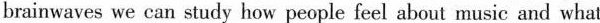
brainwaves we can study how people feel about music and what